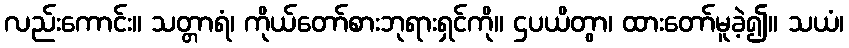
လည်းကောင်း။ သတ္တာရံ၊ ကိုယ်တော်စားဘုရားရှင်ကို။ ဌပယိတွာ၊ ထားတော်မူခဲ့၍။ သယံ၊